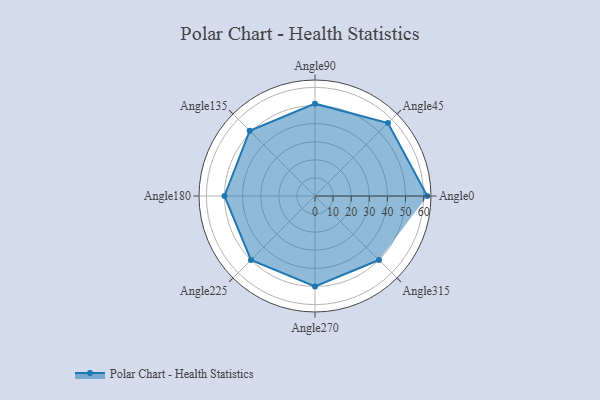
{"axis": {"x": "Angle", "y": "Radius"}, "legend": [""], "data": [{"x": "Angle0", "y": 62.0, "type": ""}, {"x": "Angle45", "y": 57.0, "type": ""}, {"x": "Angle90", "y": 51.0, "type": ""}, {"x": "Angle135", "y": 51.0, "type": ""}, {"x": "Angle180", "y": 50, "type": ""}, {"x": "Angle225", "y": 50, "type": ""}, {"x": "Angle270", "y": 50, "type": ""}, {"x": "Angle315", "y": 50, "type": ""}]}